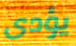
يؤدى